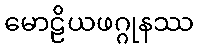
မောဠိယဖဂ္ဂုနဿ